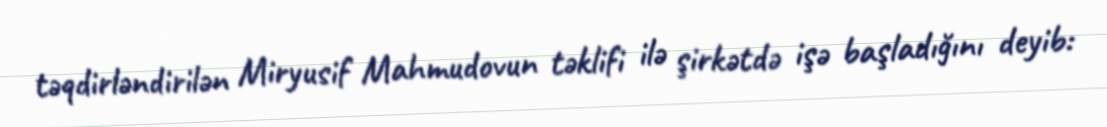
təqdirləndirilən Miryusif Mahmudovun təklifi ilə şirkətdə işə başladığını deyib: